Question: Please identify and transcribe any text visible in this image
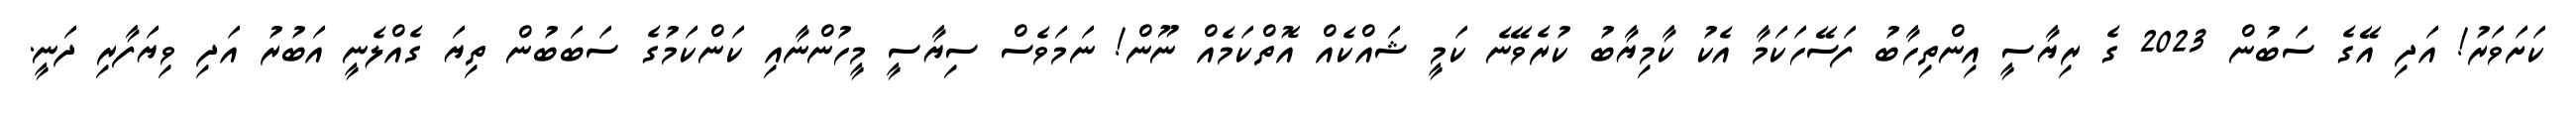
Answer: ކަށަވަރު! އަދި އޭގެ ސަބުން 2023 ގެ ރިޔާސީ އިންތިހާބު ފަސޭހަކަމާ އެކު ކާމިޔާބު ކުރެވޭނެ ކަމީ ޝައްކެއް އޮތްކަމެއް ނޫން! ނަމަވެސް ސިޔާސީ މީހުންނާއި ކަންކަމުގެ ސަބަބުން ތިޔަ ގެއްލެނީ އަބުރު އަދި ވިޔަފާރި ދަނީ.